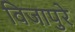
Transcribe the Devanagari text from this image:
विजापुरे